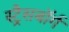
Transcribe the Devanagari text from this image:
स्ट्रैसबॉर्ग